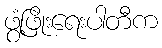
ဖွံ့ဖြိုးရေးပါတီက